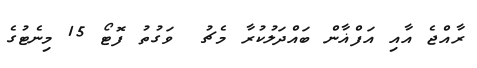
ރާއްޖެ އާއި އަފްޣާން ބައްދަލުކުރާ މެޗު  ވަގުތު ފޮޓޯ 15 މިނެޓުގެ